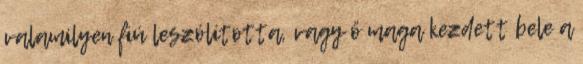
valamilyen fiú leszólította, vagy ő maga kezdett bele a